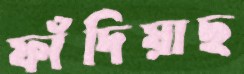
ফাঁদিয়াছ